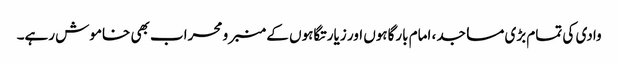
وادی کی تمام بڑی مساجد، امام بارگاہوں اور زیارتگاہوں کے منبر و محراب بھی خاموش رہے۔